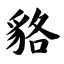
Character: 貉